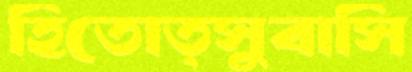
হিতোত্সুবাসি